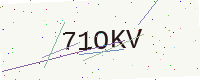
Text: 71OKV